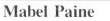
Mabel Paine